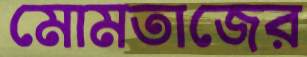
মোমতাজের